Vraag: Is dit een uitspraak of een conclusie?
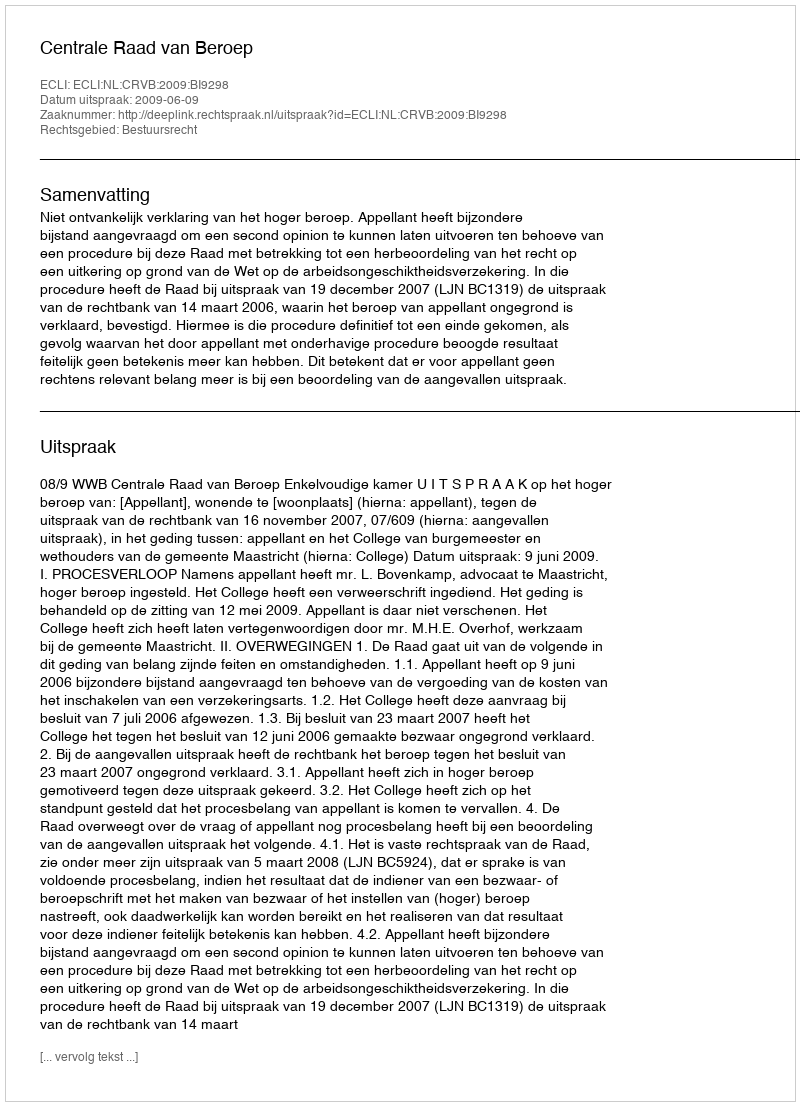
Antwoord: Uitspraak